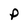
Character: p